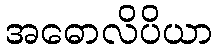
အဓောလိပိယာ